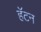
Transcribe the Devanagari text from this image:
हॅटन